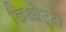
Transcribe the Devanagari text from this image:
लिओट्टा